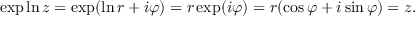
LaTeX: \exp \ln z = \exp ( \ln r + i \varphi ) = r \exp ( i \varphi ) = r ( \cos \varphi + i \sin \varphi ) = z .